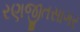
રણજીતસાગર